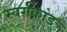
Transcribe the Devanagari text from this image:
स्वर्गकांड